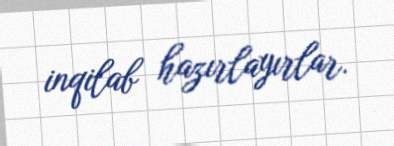
inqilab hazırlayırlar.